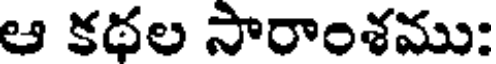
ఆ కథల సారాంశము: